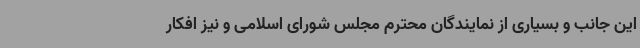
این جانب و بسیاری از نمایندگان محترم مجلس شورای اسلامی و نیز افکار